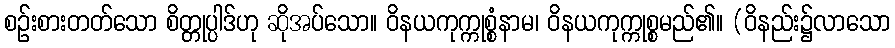
စဉ်းစားတတ်သော စိတ္တုပ္ပါဒ်ဟု ဆိုအပ်သော။ ဝိနယကုက္ကုစ္စံနာမ၊ ဝိနယကုက္ကုစ္စမည်၏။ (ဝိနည်း၌လာသော